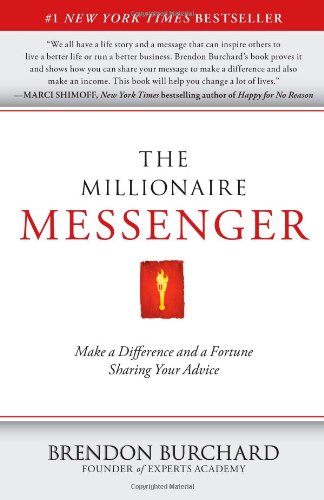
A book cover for The Millionaire Messenger: Make a Difference and a Fortune Sharing Your Advice; Brendon Burchard; Business & Money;